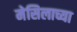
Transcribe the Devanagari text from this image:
मेसिलाच्या